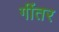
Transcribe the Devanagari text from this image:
गींतर